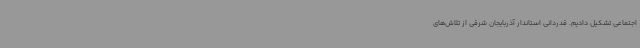
اجتماعی تشکیل دادیم. قدردانی استاندار آذربایجان شرقی از تلاش‌های